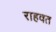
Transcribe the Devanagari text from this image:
राहवत